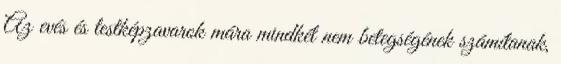
Az evés és testképzavarok mára mindkét nem betegségének számítanak,